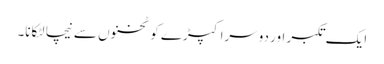
ایک تکبر اور دوسرا کپڑے کو ٹخنوں سے نیچا لٹکانا۔